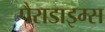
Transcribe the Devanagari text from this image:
पैराडाइम्स